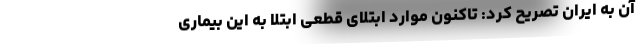
آن به ایران تصریح کرد: تاکنون موارد ابتلای قطعی ابتلا به این بیماری